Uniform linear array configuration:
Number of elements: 8
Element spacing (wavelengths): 1
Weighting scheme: hamming
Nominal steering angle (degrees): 0
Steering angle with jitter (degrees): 0.6618
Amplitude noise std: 0.05
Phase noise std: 0.05

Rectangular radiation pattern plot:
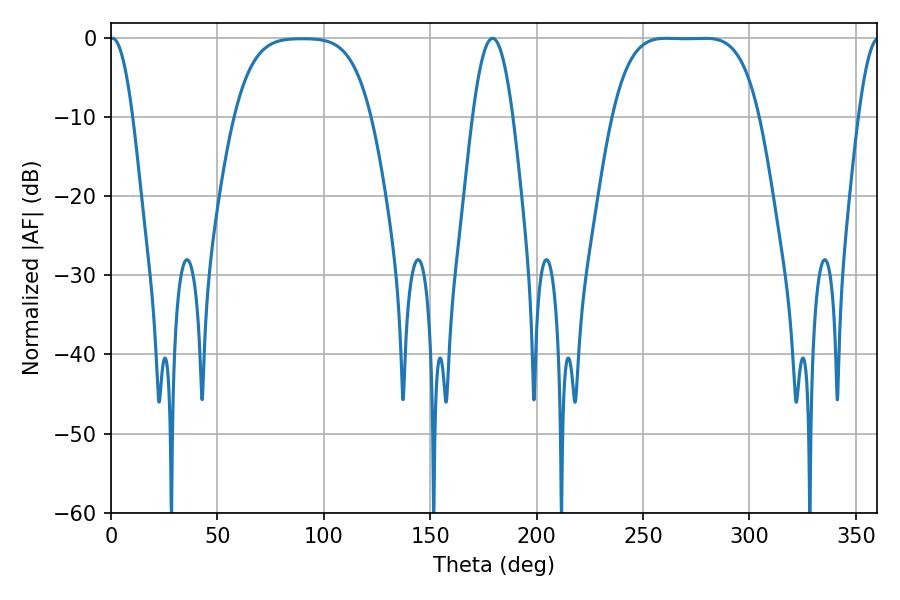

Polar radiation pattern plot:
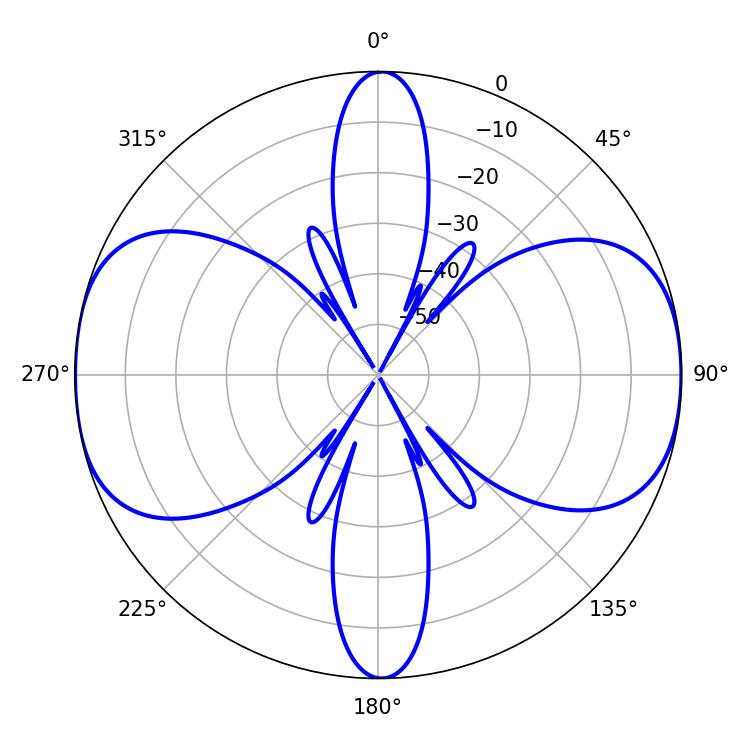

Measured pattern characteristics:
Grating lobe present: TRUE
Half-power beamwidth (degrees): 52.56
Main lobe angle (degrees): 261